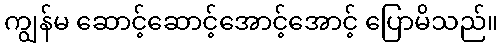
ကျွန်မ ဆောင့်ဆောင့်အောင့်အောင့် ပြောမိသည်။